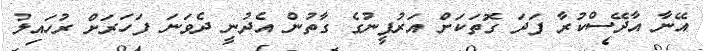
އޭނާ އާދޭސްކުރާ ފަދަ ގޮތަކަށް އަރުފީނުގެ ގާތުން އެދުނީ ދެވަނަ ފަހަރަށް ރުހައިލު